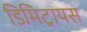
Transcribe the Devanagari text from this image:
डिमिट्रायस